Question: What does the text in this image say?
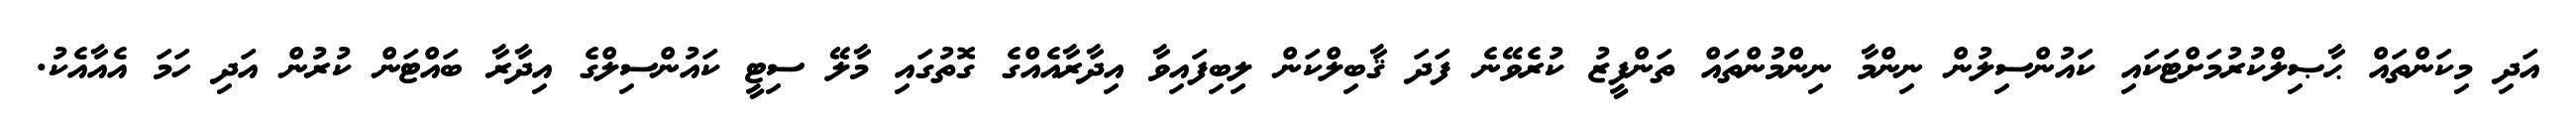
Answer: އަދި މިކަންތައް ޙާޞިލްކުރުމަށްޓަކައި ކައުންސިލުން ނިންމާ ނިންމުންތައް ތަންފީޒު ކުރެވޭނެ ފަދަ ޤާބިލްކަން ލިބިފައިވާ އިދާރާއެއްގެ ގޮތުގައި މާލޭ ސިޓީ ކައުންސިލްގެ އިދާރާ ބައްޓަން ކުރުން އަދި ހަމަ އެއާއެކު.